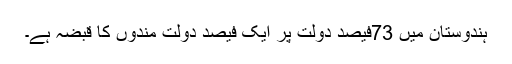
ہندوستان میں 73فیصد دولت پر ایک فیصد دولت مندوں کا قبضہ ہے۔